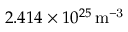
2 . 4 1 4 \times 1 0 ^ { 2 5 } \, \mathrm { m ^ { - 3 } }